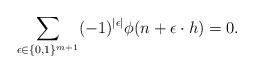
LaTeX: \begin{align*}\sum_{\epsilon\in\{0,1\}^{m+1}} (-1)^{|\epsilon|}\phi(n+\epsilon \cdot h)=0.\end{align*}